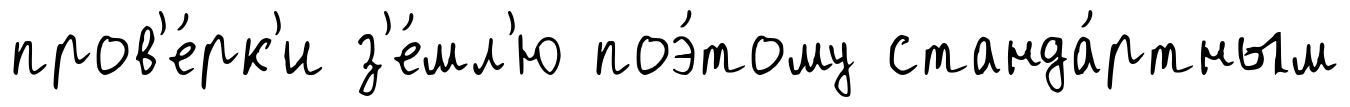
пров'е́рк'и з'е́мл'ю поэ́тому станда́ртным